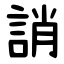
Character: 誚